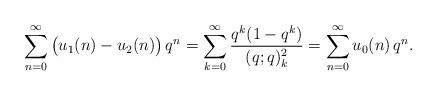
LaTeX: \begin{align*}\sum_{n=0}^\infty \big(u_1(n)-u_2(n)\big)\,q^n = \sum_{k=0}^\infty \frac{q^{k}(1-q^{k})}{(q;q)^2_k} = \sum_{n=0}^\infty u_0(n)\,q^n.\end{align*}